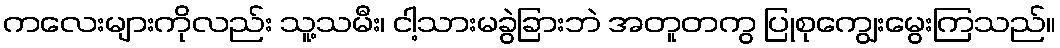
ကလေးများကိုလည်း သူ့သမီး၊ ငါ့သားမခွဲခြားဘဲ အတူတကွ ပြုစုကျွေးမွေးကြသည်။